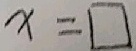
x = \square